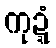
ကုဍ္ဍံ